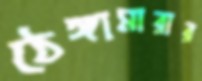
ঠেঙ্গামারার